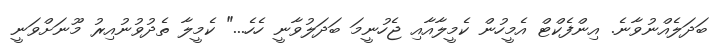
ބަދަލެއްނުވާނެ. އިންފެކްޓް އެމީހުން ކެމީލާއާއި ޖެހުނީމަ ބަދަލުވާނީ ހެހެ..." ކެމީލާ ތެދުވުނުއިރު މޫނަށްވަނީ